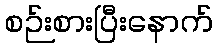
စဉ်းစားပြီးနောက်